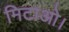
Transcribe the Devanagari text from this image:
मिटाओ।